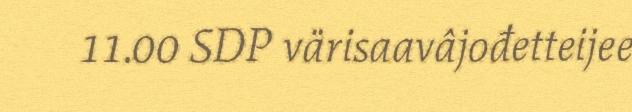
11.00 SDP värisaavâjođetteijee